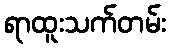
ရာထူးသက်တမ်း